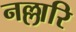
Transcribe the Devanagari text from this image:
नल्लारि